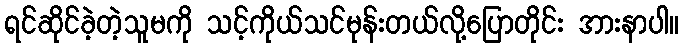
ရင်ဆိုင်ခဲ့တဲ့သူမကို သင့်ကိုယ်သင်မုန်းတယ်လို့ပြောတိုင်း အားနာပါ။